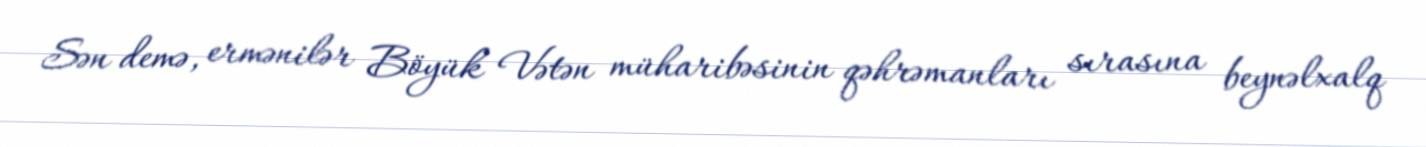
Sən demə, ermənilər Böyük Vətən müharibəsinin qəhrəmanları sırasına beynəlxalq